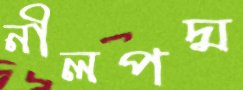
নীলপদ্ম